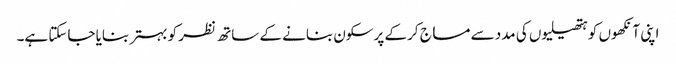
اپنی آنکھوں کو ہتھیلیوں کی مدد سے مساج کر کے پرسکون بنانے کے ساتھ نظر کو بہتر بنایا جاسکتا ہے۔